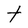
Character: t